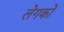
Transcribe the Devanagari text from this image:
लेगको